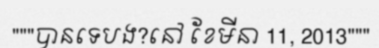
"""បានទេបង?នៅ ខែមីនា 11, 2013"""